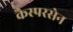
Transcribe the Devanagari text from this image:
कैस्परसेन